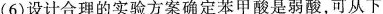
(6)设计合理的实验方案确定苯甲酸是弱酸，可从下